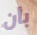
بأن